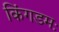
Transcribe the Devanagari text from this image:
किंगडमः